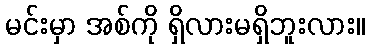
မင်းမှာ အစ်ကို ရှိလားမရှိဘူးလား။